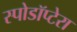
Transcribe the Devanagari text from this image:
स्पोडॉप्टेरा